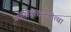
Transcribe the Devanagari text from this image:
प्रातिनिधिकरीत्या